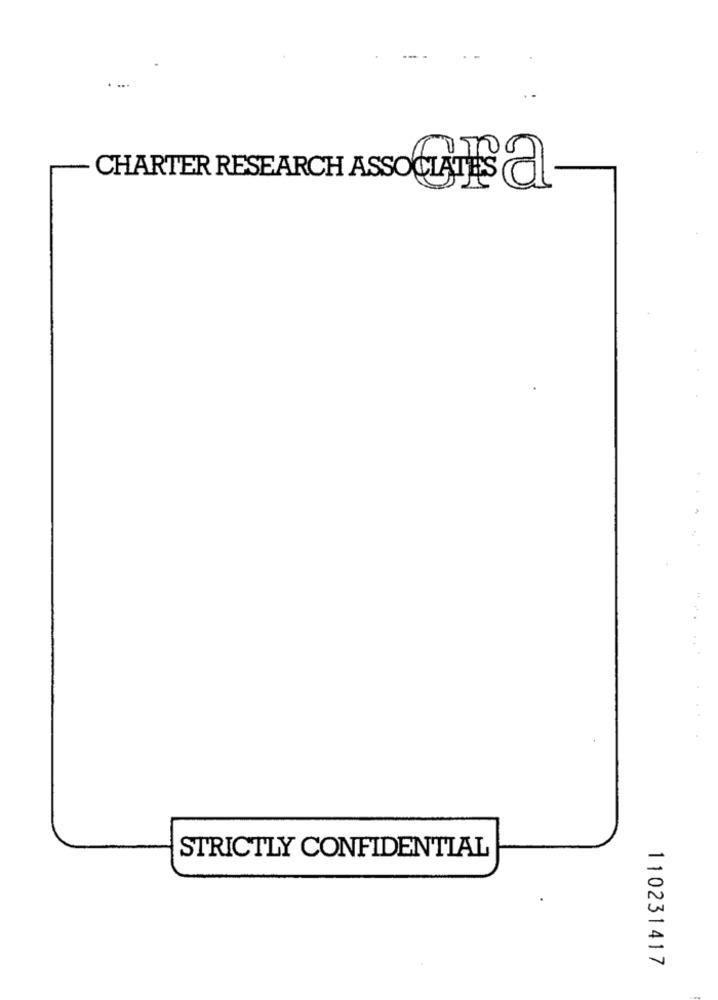
CHARTER RESEARCH ASSOCIATES a
STRICTLY CONFIDENTIAL
110231417